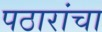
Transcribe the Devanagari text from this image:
पठारांचा